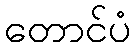
တောင်ပံ